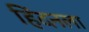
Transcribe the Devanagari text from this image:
हिंदनला